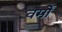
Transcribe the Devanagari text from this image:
वर्मों